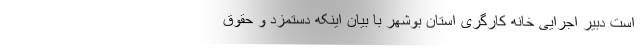
است دبیر اجرایی خانه کارگری استان بوشهر با بیان اینکه دستمزد و حقوق